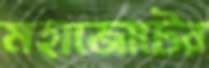
মহাজোটের